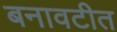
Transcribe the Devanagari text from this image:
बनावटीत